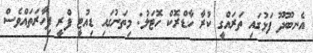
އެނބޫދޫ ފަޅުގައި ތަރައްގީ ކުރާ ހާޑްރޮކް ހޮޓަލު: މިތަނުގައި ޑިއުޓީ ފްރީ ފިހާރަތައްވެސް